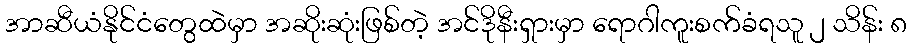
အာဆီယံနိုင်ငံတွေထဲမှာ အဆိုးဆုံးဖြစ်တဲ့ အင်ဒိုနီးရှားမှာ ရောဂါကူးစက်ခံရသူ ၂ သိန်း ၈